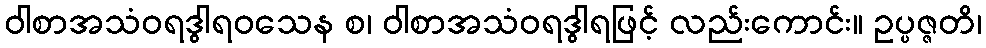
ဝါစာအသံဝရဒွါရဝသေန စ၊ ဝါစာအသံဝရဒွါရဖြင့် လည်းကောင်း။ ဥပ္ပဇ္ဇတိ၊